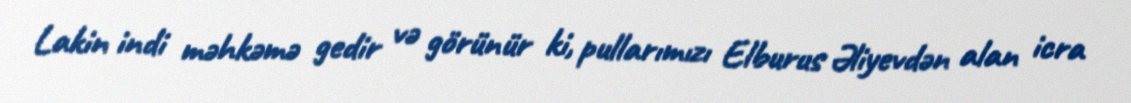
Lakin indi məhkəmə gedir və görünür ki, pullarımızı Elburus Əliyevdən alan icra